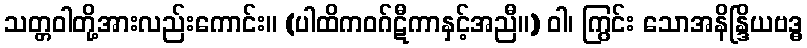
သတ္တဝါတို့အားလည်းကောင်း။ (ပါထိကဝဂ်ဋီကာနှင့်အညီ။) ဝါ၊ ကြွင်း သောအနိန္ဒြိယဗဒ္ဓ